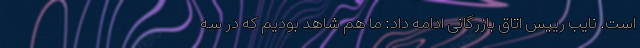
است. نایب رییس اتاق بازرگانی ادامه داد: ما هم شاهد بودیم که در سه